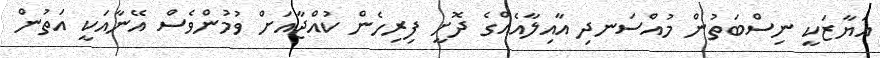
އަޔާޒަކީ ނިސްބަތުން މުއްސަނދި އާއިލާއެއްގެ ދޮށީ ފިރިހެން ކުއްޖާއަށް ވުމުންވެސް އޭނާއަކީ އަތުން